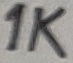
Text: 1K